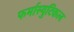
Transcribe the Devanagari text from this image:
फर्मास्युटिकल